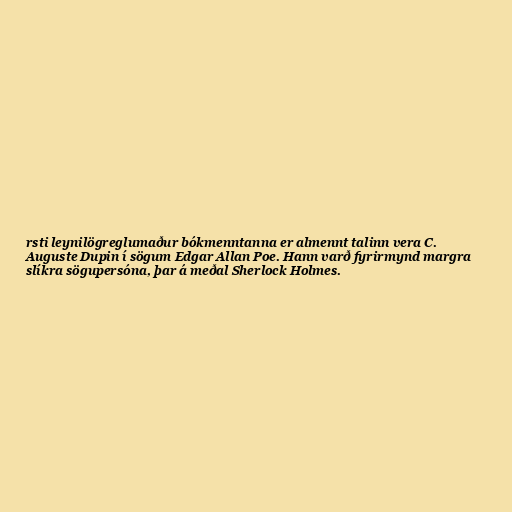
rsti leynilögreglumaður bókmenntanna er almennt talinn vera C.
Auguste Dupin í sögum Edgar Allan Poe. Hann varð fyrirmynd margra
slíkra sögupersóna, þar á meðal Sherlock Holmes.